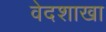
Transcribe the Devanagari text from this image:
वेदशाखा